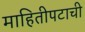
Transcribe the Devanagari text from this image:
माहितीपटाची